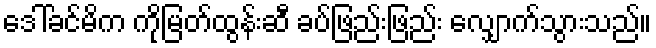
ဒေါ်ခင်မိက ကိုမြတ်ထွန်းဆီ ခပ်ဖြည်းဖြည်း လျှောက်သွားသည်။